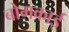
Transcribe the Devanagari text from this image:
बोमकाई